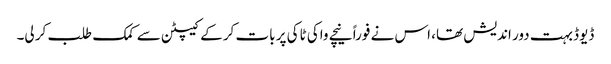
ڈیوڈ بہت دور اندیش تھا، اس نے فوراً نیچے واکی ٹاکی پر بات کر کے کیپٹن سے کمک طلب کر لی۔